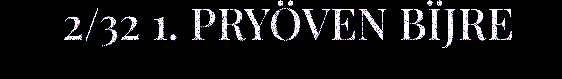
2/32 1. PRYÖVEN BÏJRE